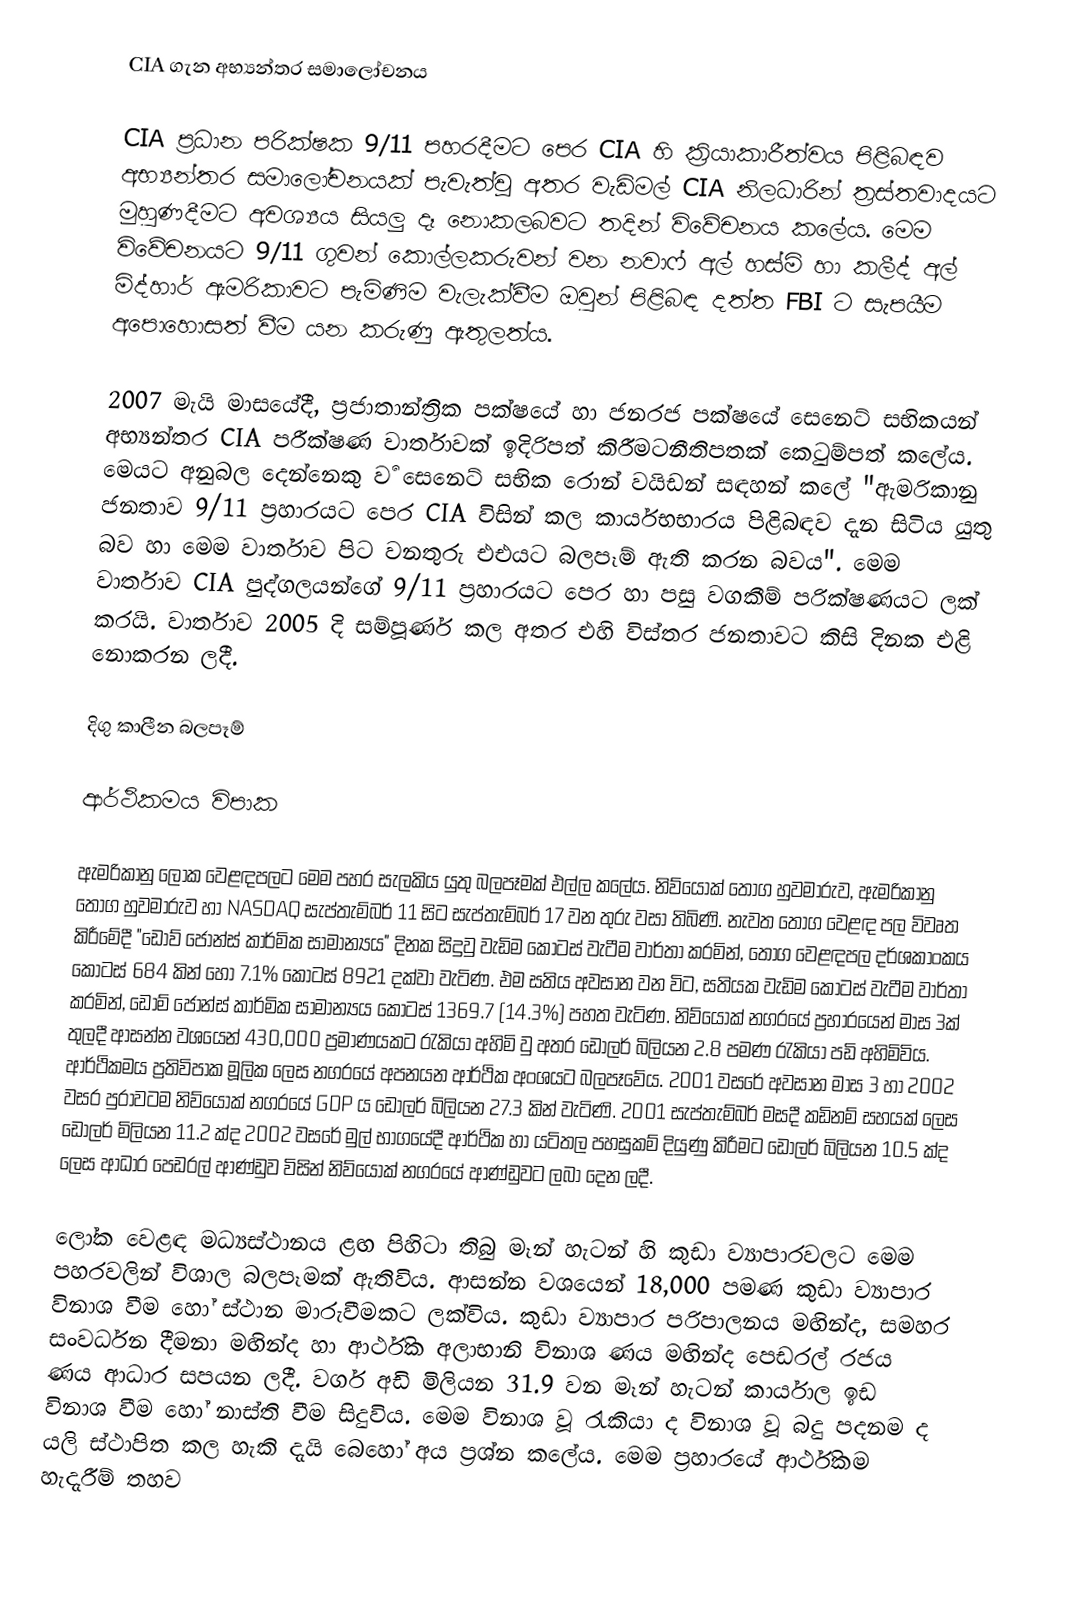
CIA ගැන අභ්‍යන්තර සමාලෝචනය

CIA ප්‍රධාන පරික්ෂක 9/11 පහරදීමට පෙර CIA හි ක්‍රියාකාරීත්වය පිළිබඳව අභ්‍යන්තර සමාලෝචනයක් පැවැත්වූ අතර වැඩිමල් CIA නිලධාරින් ත්‍රස්තවාදයට මුහුණදීමට අවශ්‍යය සියලු දෑ නොකලබවට තදින් විවේචනය කලේය. මෙම විවේචනයට 9/11 ගුවන් කොල්ලකරුවන් වන නවාෆ් අල් හස්මි හා කලීද් අල් මිද්හාර් ඇමරිකාවට පැමිණිම වැලැක්වීම ඔවුන් පිළිබඳ දත්ත FBI ට සැපයීම අපොහොසත් වීම යන කරුණු ඇතුලත්ය.

2007 මැයි මාසයේදී, ප්‍රජාතාන්ත්‍රික පක්ෂයේ හා ජනරජ පක්ෂයේ සෙනෙට් සභිකයන් අභ්‍යන්තර CIA පරීක්ෂණ වාර්තාවක් ඉදිරිපත් කිරීමටනීතිපතක් කෙටුම්පත් කලේය. මෙයට අනුබල දෙන්නෙකු ර්‍ව සෙනෙට් සභික රොන් වයිඩන් සඳහන් කලේ "ඇමරිකානු ජනතාව 9/11 ප්‍රහාරයට පෙර CIA විසින් කල කාර්යභභාරය පිළිබඳව දැන සිටිය යුතු බව හා මෙම වාර්තාව පිට වනතුරු එඑයට බලපෑම් ඇති කරන බවය". මෙම වාර්තාව  CIA පුද්ගලයන්ගේ 9/11 ප්‍රහාරයට පෙර හා පසු වගකීම් පරික්ෂණයට  ලක් කරයි. වාර්තාව 2005 දි සම්පූර්ණ කල අතර එහි විස්තර ජනතාවට කිසි දිනක එළි නොකරන ලදී.

දිගු කාලීන බලපෑම්

ආර්ථිකමය විපාක

ඇමරිකානු ලෝක වෙළඳපලට මෙම ‍පහර සැලකිය යුතු බලපෑමක් එල්ල කලේය. නිව්යෝක් තොග හුවමාරුව, ඇමරිකානු තොග හුවමාරුව හා NASDAQ සැප්තැම්බර් 11 සිට සැප්තැම්බර් 17 වන තුරු වසා තිබිණි. නැවත තොග වෙළඳ පල විවෘත කිරීමේදී "ඩෝව් ජෝන්ස් කාර්මික සාමාන්‍යය" දිනක සිදුවු වැඩිම කොටස් වැටීම වාර්තා කරමින්, තොග වෙළඳපල දර්ශකාංකය කොටස් 684 කින් හෝ 7.1% කොටස් 8921 දක්වා වැටිණ. එම සතිය අවසාන වන විට, සතියක වැඩිම කොටස් වැටීම වාර්තා කරමින්, ඩෝම් ‍ජෝන්ස් කාර්මික සාමාන්‍යය කොටස් 1369.7 (14.3%) පහත වැටිණ. නිව්යෝක් නගරයේ ප්‍රහාරයෙන් මාස 3ක් තුලදී ආසන්න ව‍ශයෙන් 430,000 ප්‍රමාණයකට රැකියා අහිමි වු අතර ඩොලර් බිලියන 2.8 පමණ රැකියා පඩි අහිමිවිය. ආර්ථිකමය ප්‍රතිවිපාක මූලික ලෙස නගරයේ අපනයන ආර්ථික අංශයට බලපෑවේය. 2001 වසරේ අවසාන මාස 3 හා 2002 වසර පුරාවටම නිව්යෝක් නගරයේ GDP ය ඩොලර් බිලියන 27.3 කින් වැටිණි. 2001 සැප්තැම්බර් මසදී කඩිනම් සහයක් ලෙස ඩොලර් මිලියන 11.2 ක්ද 2002 වසරේ මුල් භාගයේදී ආර්ථික හා යටිතල පහසුකම් දියුණු කිරීමට ඩොලර් බිලියන 10.5 ක්ද ලෙස ආධාර පෙඩරල් ආණ්ඩුව විසින් නිව්යෝක් නගරයේ ආණ්ඩුවට ලබා දෙන ලදී.

ලෝක වෙ‍ළඳ මධ්‍යස්ථානය ළඟ පිහිටා තිබු මෑන් හැටන් හි කුඩා ව්‍යාපාරවලට මෙම පහරවලින් විශාල බලපෑමක් ඇතිවිය. ආසන්න වශයෙන් 18,000 පමණ කුඩා ව්‍යාපාර විනාශ වීම හෝ ස්ථාන මාරුවීමකට ලක්විය. කුඩා ව්‍යාපාර පරිපාලනය මඟින්ද, සමහර සංවර්ධන දීමනා මඟින්ද හා ආර්ථික අලාභානි විනාශ ණය මඟින්ද පෙඩරල් රජය ණය ආධාර සපයන ලදී. වර්ග අඩි මිලියන 31.9 වන මෑන් හැටන් කාර්යාල ඉඩ විනාශ වීම හෝ නාස්ති වීම සිදුවිය. මෙම විනාශ වූ රැකියා ද විනාශ වූ බදු පදනම ද යලි ස්ථාපිත කල හැකි දැයි බෙහෝ අය ප්‍රශ්න කලේය. මෙම ප්‍රහාරයේ ආර්ථිකම හැදැරීම් තහව